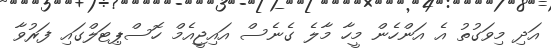
އަދި މިވަގުތު އެ އަންހެން މީހާ މާލެ ގެނެސް އައިޖީއެމް ހޮސްޕިޓަލްގައި ފަރުވާ